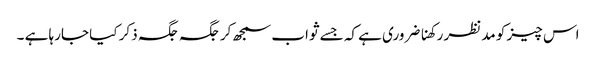
اس چیز کو مدنظر رکھنا ضروری ہے کہ جسے ثواب سمجھ کر جگہ جگہ ذکر کیا جارہا ہے ۔